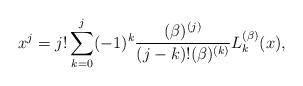
LaTeX: \begin{align*}x^{j}\allowbreak =\allowbreak j!\sum_{k=0}^{j}(-1)^{k}\frac{(\beta )^{(j)}}{(j-k)!(\beta )^{(k)}}L_{k}^{(\beta )}(x), \end{align*}